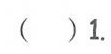
（ ）1.